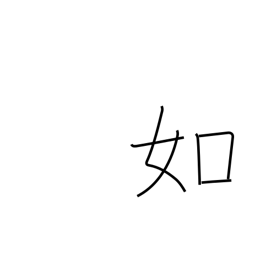
Meaning: likeness